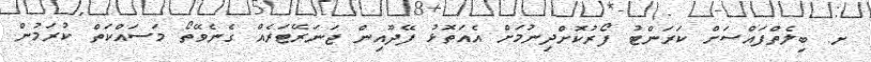
ށ. ބިލެތްފައްސަށް ކަރަންޓު ފޯރުކޮށްދިނުމަށް އެއަތޮޅު ފޭދޫއިން ޖަނަރޭޓަރެއް ގެނެވޭތޯ މަސައްކަތް ކުރަމުން